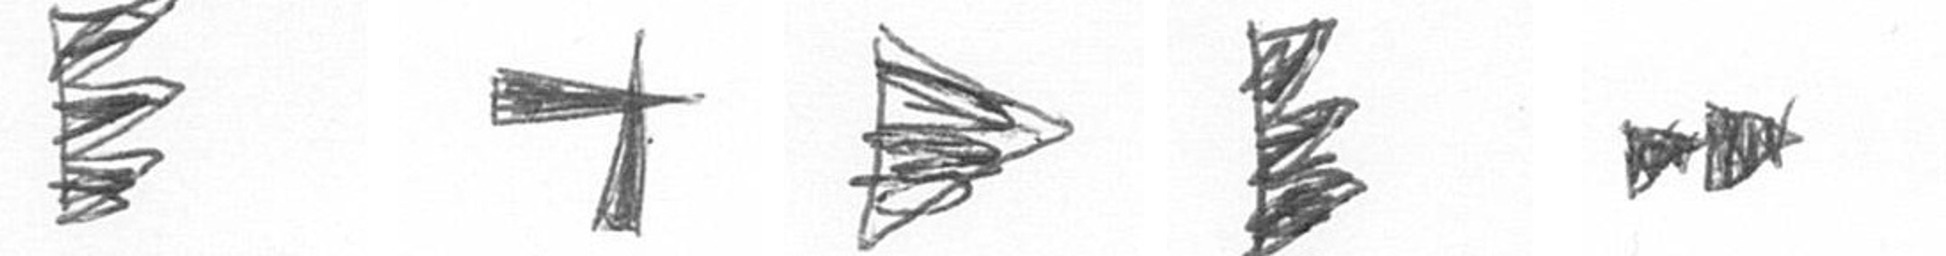
H G T H A